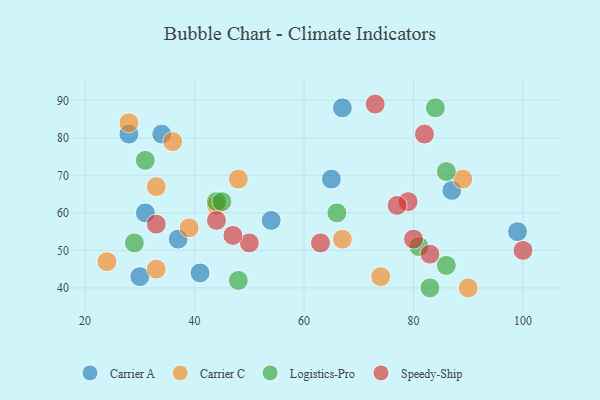
{"axis": {"x": "GDP", "y": "Life Expectancy"}, "legend": ["Carrier A", "Carrier C", "Logistics-Pro", "Speedy-Ship"], "data": [{"x": "87", "y": 66, "type": "Carrier A"}, {"x": "34", "y": 81, "type": "Carrier A"}, {"x": "99", "y": 55, "type": "Carrier A"}, {"x": "28", "y": 81, "type": "Carrier A"}, {"x": "67", "y": 88, "type": "Carrier A"}, {"x": "54", "y": 58, "type": "Carrier A"}, {"x": "41", "y": 44, "type": "Carrier A"}, {"x": "31", "y": 60, "type": "Carrier A"}, {"x": "30", "y": 43, "type": "Carrier A"}, {"x": "65", "y": 69, "type": "Carrier A"}, {"x": "37", "y": 53, "type": "Carrier A"}, {"x": "33", "y": 45, "type": "Carrier C"}, {"x": "74", "y": 43, "type": "Carrier C"}, {"x": "39", "y": 56, "type": "Carrier C"}, {"x": "90", "y": 40, "type": "Carrier C"}, {"x": "89", "y": 69, "type": "Carrier C"}, {"x": "36", "y": 79, "type": "Carrier C"}, {"x": "44", "y": 62, "type": "Carrier C"}, {"x": "67", "y": 53, "type": "Carrier C"}, {"x": "28", "y": 84, "type": "Carrier C"}, {"x": "48", "y": 69, "type": "Carrier C"}, {"x": "33", "y": 67, "type": "Carrier C"}, {"x": "24", "y": 47, "type": "Carrier C"}, {"x": "66", "y": 60, "type": "Logistics-Pro"}, {"x": "86", "y": 71, "type": "Logistics-Pro"}, {"x": "44", "y": 63, "type": "Logistics-Pro"}, {"x": "48", "y": 42, "type": "Logistics-Pro"}, {"x": "31", "y": 74, "type": "Logistics-Pro"}, {"x": "29", "y": 52, "type": "Logistics-Pro"}, {"x": "81", "y": 51, "type": "Logistics-Pro"}, {"x": "86", "y": 46, "type": "Logistics-Pro"}, {"x": "84", "y": 88, "type": "Logistics-Pro"}, {"x": "83", "y": 40, "type": "Logistics-Pro"}, {"x": "45", "y": 63, "type": "Logistics-Pro"}, {"x": "79", "y": 63, "type": "Speedy-Ship"}, {"x": "80", "y": 53, "type": "Speedy-Ship"}, {"x": "83", "y": 49, "type": "Speedy-Ship"}, {"x": "44", "y": 58, "type": "Speedy-Ship"}, {"x": "82", "y": 81, "type": "Speedy-Ship"}, {"x": "50", "y": 52, "type": "Speedy-Ship"}, {"x": "63", "y": 52, "type": "Speedy-Ship"}, {"x": "77", "y": 62, "type": "Speedy-Ship"}, {"x": "73", "y": 89, "type": "Speedy-Ship"}, {"x": "100", "y": 50, "type": "Speedy-Ship"}, {"x": "47", "y": 54, "type": "Speedy-Ship"}, {"x": "33", "y": 57, "type": "Speedy-Ship"}]}